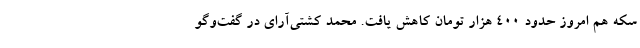
سکه هم امروز حدود 400 هزار تومان کاهش یافت. محمد کشتی‌آ‌رای در گفت‌وگو